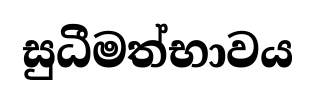
සුධීමත්භාවය